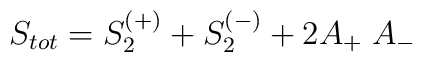
S_{tot}=S_2^{(+)} + S_2^{(-)} + 2 A_+ \; A_-